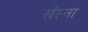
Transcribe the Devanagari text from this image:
सॅस्ना